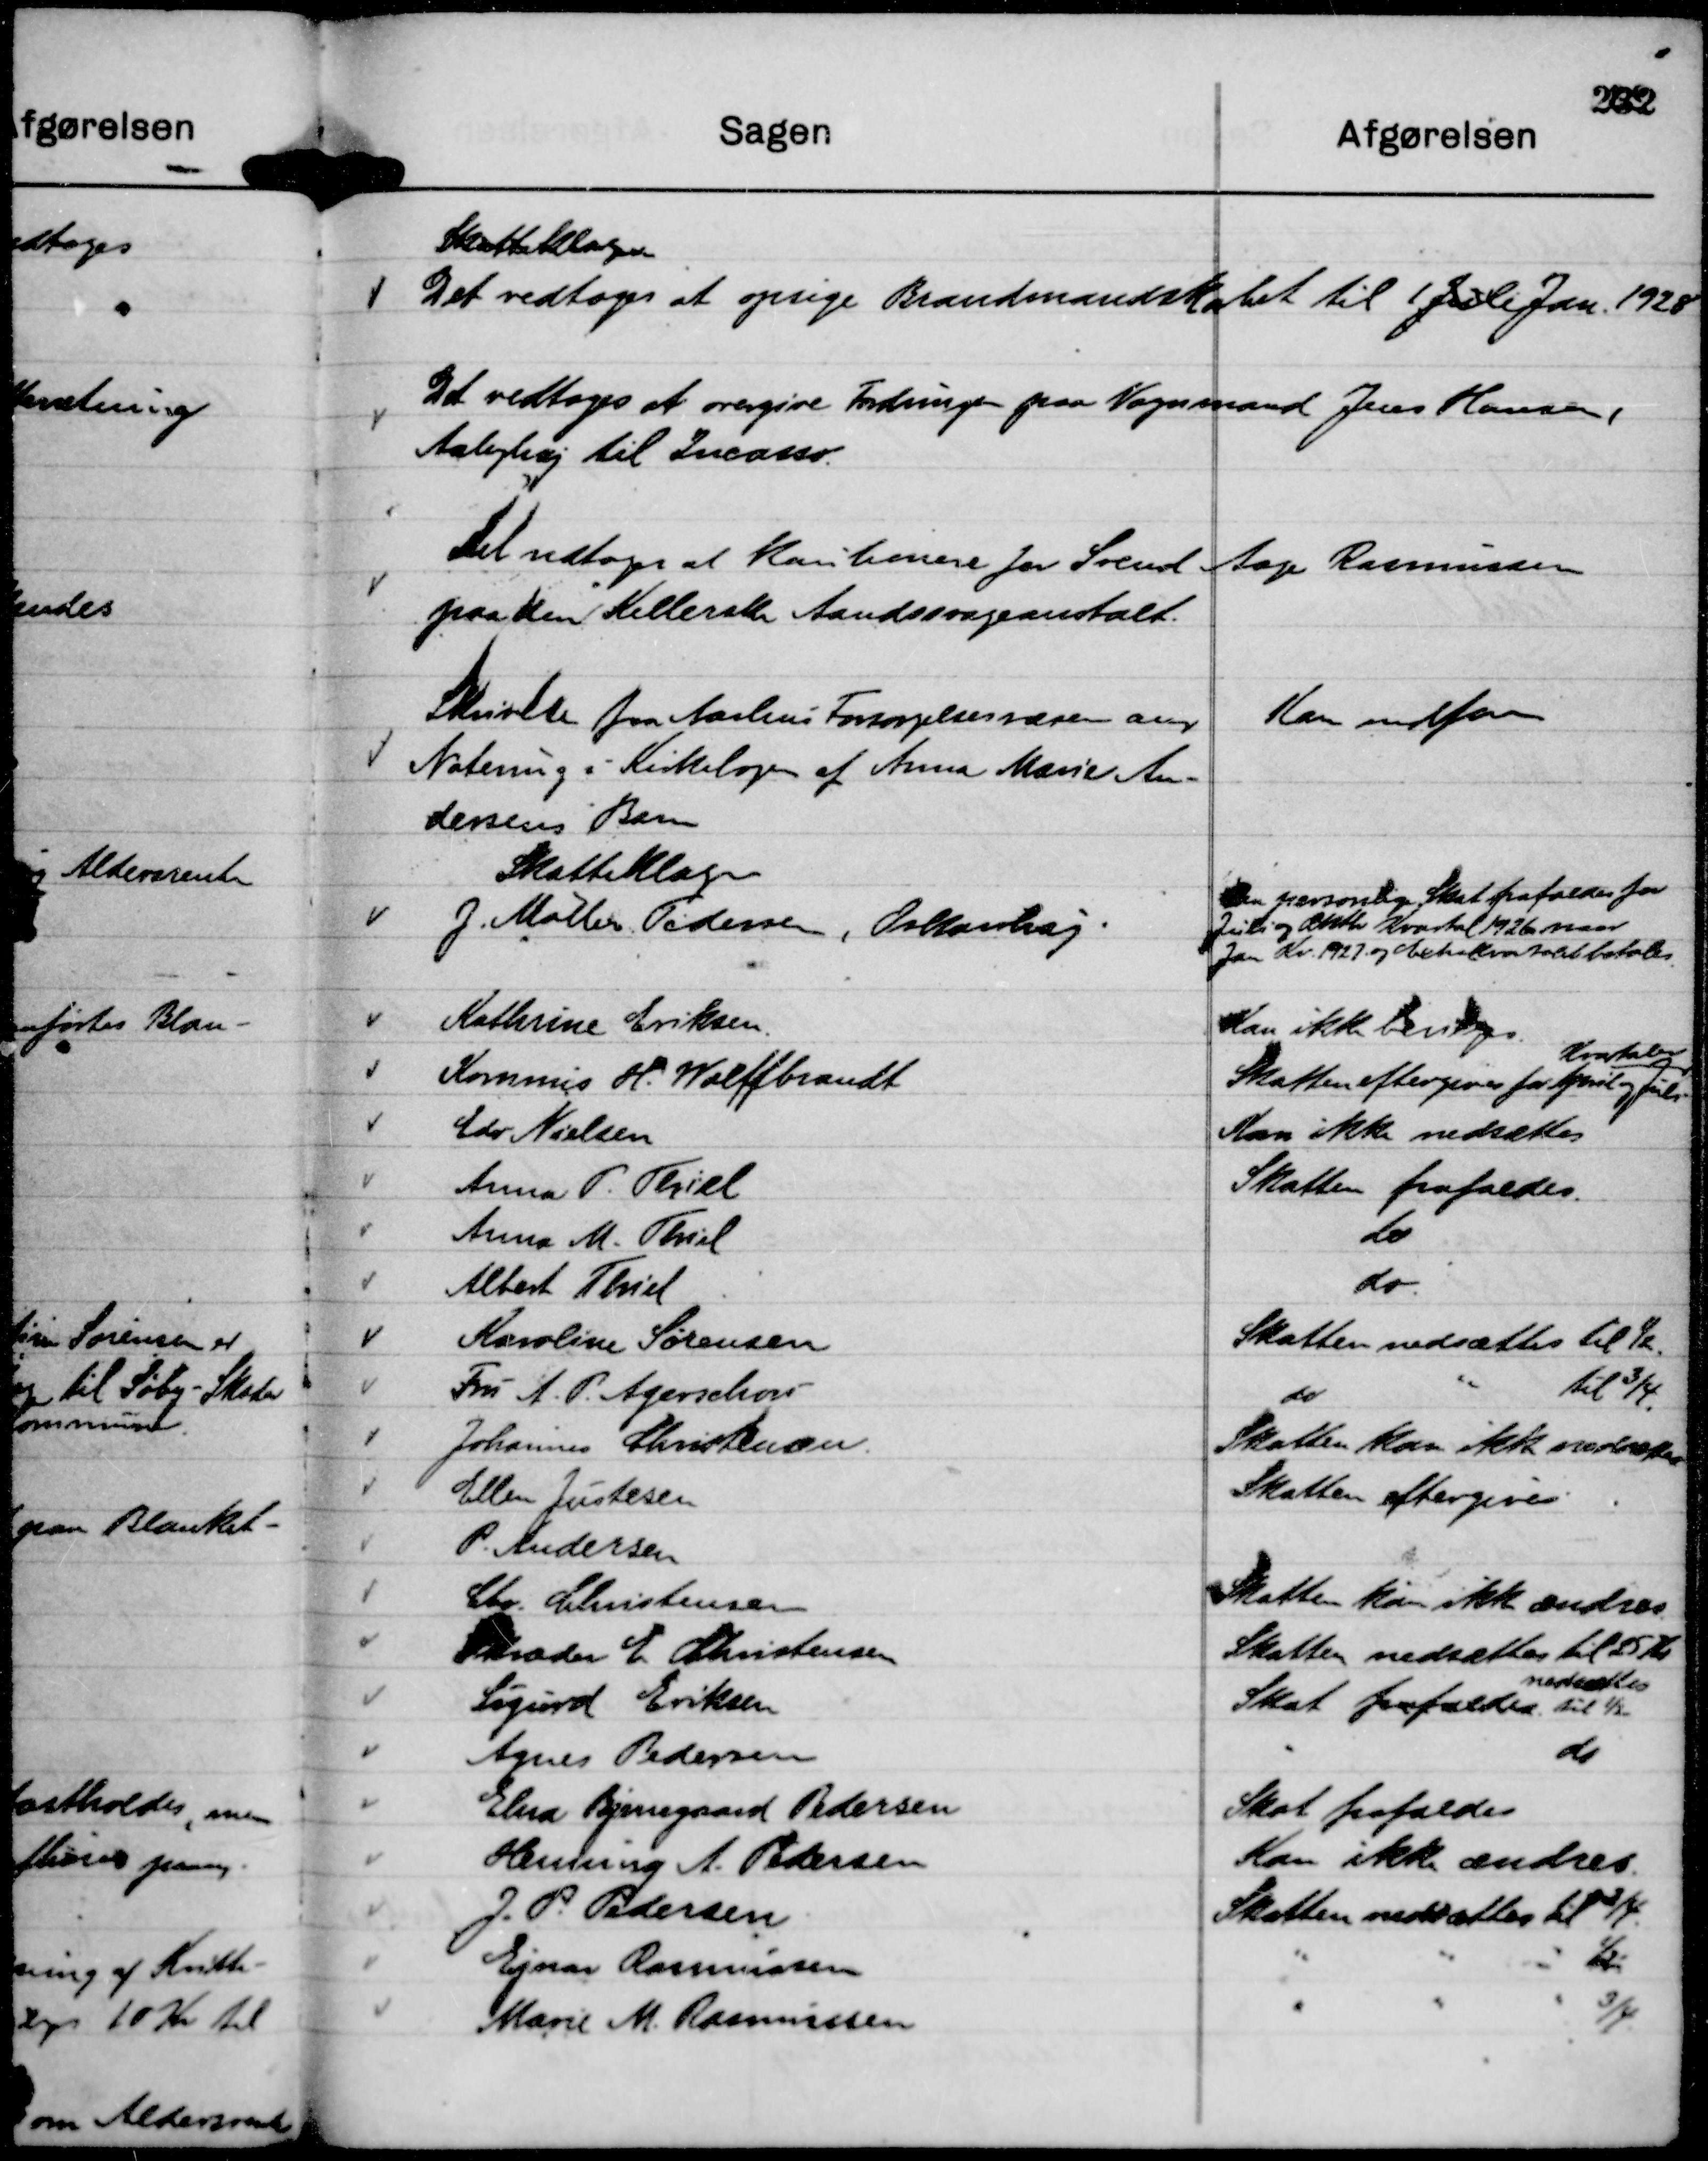
Transskription:
Skatteklagere
Det vedtoges at opsige Brandmandskabet til 1 juli Jan. 1928

Det vedtoges at overgive Fordringen paa Vognmand Jens Hansen,
Aabyhøj til Incasso.

Det vedtoges at Kautionere for Svend Aage Rasmussen
paa den Kellerske Andssvageanstalt.

Skrivelse fra Aarhus Forsørgelsesvæsen ang
Notering i Kirkebogen af Anna Marie An-
dersens Barn

Kan indføres